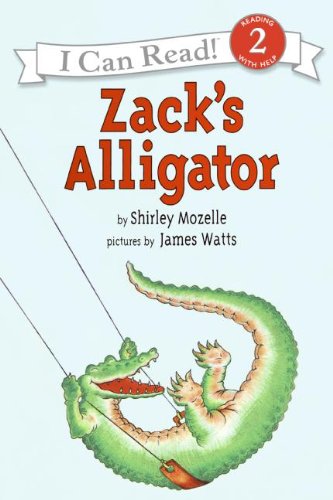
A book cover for Zack's Alligator (An I Can Read Book); Shirley Mozelle; Children's Books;